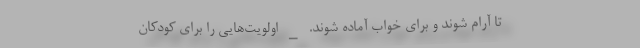
تا آرام شوند و برای خواب آماده شوند. _ اولویت‌هایی را برای کودکان